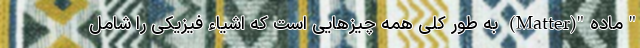
"ماده"(Matter) به‌ طور کلی همه چیزهایی است که اشیاء فیزیکی را شامل